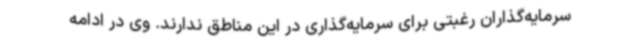
سرمایه‌گذاران رغبتی برای سرمایه‌گذاری در این مناطق ندارند. وی در ادامه